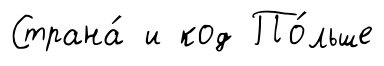
Страна́ и код По́льше